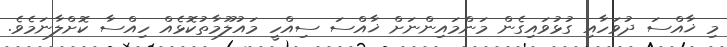
މި ޚާއްސަ ދުވަހާއި ގުޅުވައިގެން މަންމައިންނަށް ޚާއްސަ ސިއްހީ މައުލޫމާތުކޮޅެއް ހިއްސާ ކޮށްލާނަމެވެ.